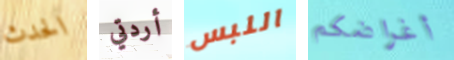
الحدث أردتي اللبس أغراضكم